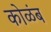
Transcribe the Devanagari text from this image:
कोळंब